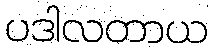
ပဒါလတာယ